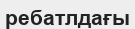
ребатлдағы